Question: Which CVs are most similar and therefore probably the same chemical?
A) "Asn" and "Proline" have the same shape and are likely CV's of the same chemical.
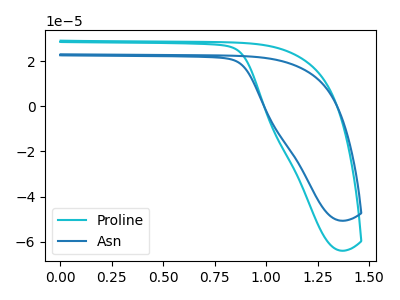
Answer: <think>The cyan curve "Proline" has no peaks. The blue curve "Asn" has no peaks.
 Neither "Proline" or "Asn" have any peaks.</think>
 <answer>A) "Asn" and "Proline" have the same shape and are likely CV's of the same chemical.</answer>
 <eval>A</eval>